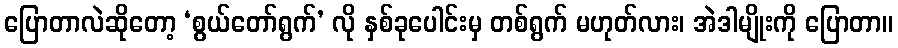
ပြောတာလဲဆိုတော့ ‘စွယ်တော်ရွက်’ လို နှစ်ခုပေါင်းမှ တစ်ရွက် မဟုတ်လား၊ အဲဒါမျိုးကို ပြောတာ။